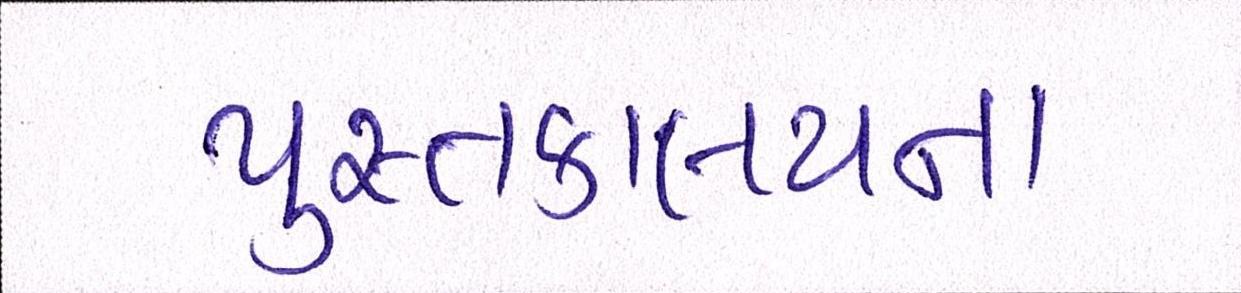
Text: પુસ્તકાલયના